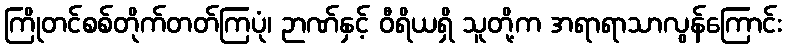
ကြိုတင်စစ်တိုက်တတ်ကြပုံ၊ ဉာဏ်နှင့် ဝီရိယရှိ သူတို့က အရာရာသာလွန်ကြောင်း